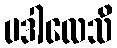
ပဒါလေသိ